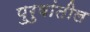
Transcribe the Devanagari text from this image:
पुरुषांतील